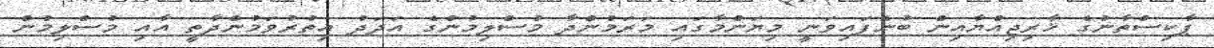
ޕާކިސްތާނުގެ ޚާރިޖިއްޔާއިން ބުނެފައިވަނީ މިޔަންމާގައި މަރަމުންދާ މުސްލިމުންގެ އަދަދު އިތުރުވަމުންދާތީ އާއި މުސްލިމުން